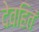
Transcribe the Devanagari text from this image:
देवहितं